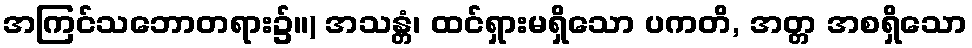
အကြင်သဘောတရား၌။) အသန္တံ၊ ထင်ရှားမရှိသော ပကတိ, အတ္တ အစရှိသော